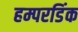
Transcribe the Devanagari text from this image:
हम्परडिंक